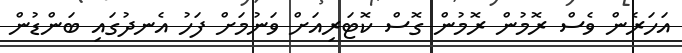
އަހަރެން ވެސް ރޮމުން ރޮމުން ގޮސް ކޮޓަރިއަށް ވަނުމަށް ފަހު އެނދުގައި ބަންޑުން